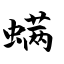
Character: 螨